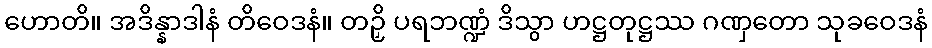
ဟောတိ။ အဒိန္နာဒါနံ တိဝေဒနံ။ တဉှိ ပရဘဏ္ဍံ ဒိသွာ ဟဋ္ဌတုဋ္ဌဿ ဂဏှတော သုခဝေဒနံ